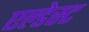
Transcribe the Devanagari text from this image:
एल्डेस्ट